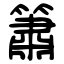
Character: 簫